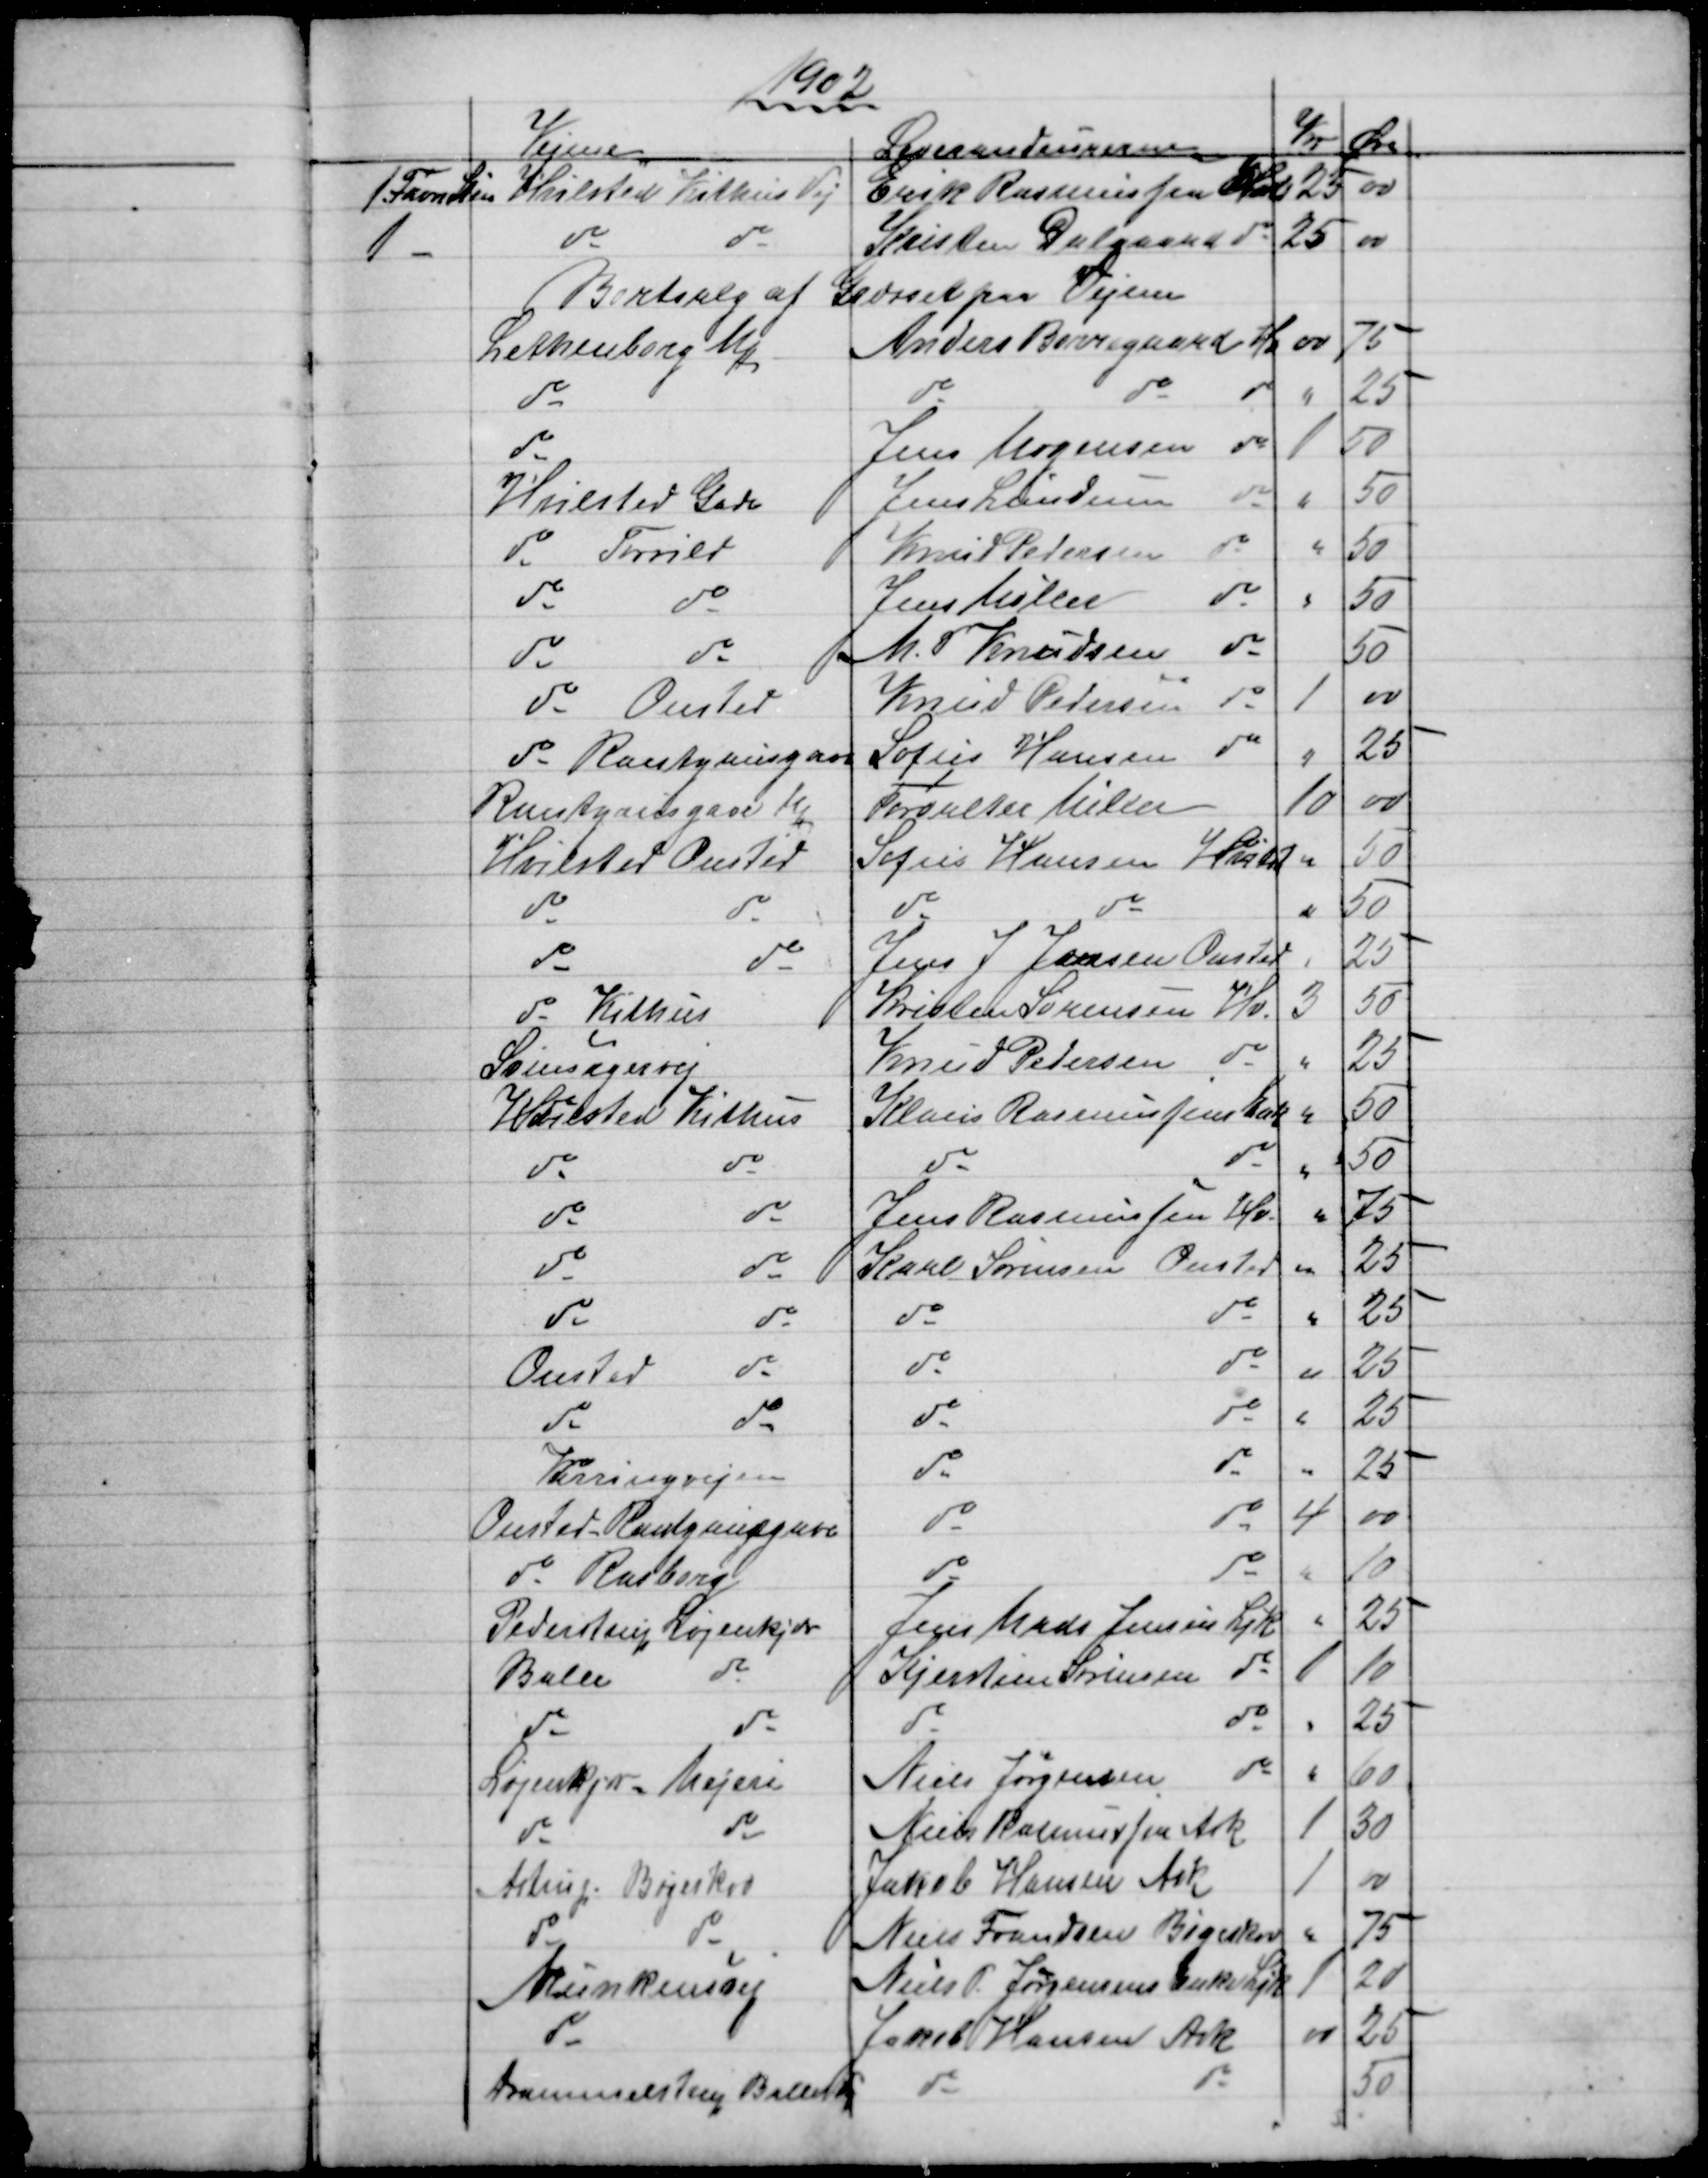
Transskription:
1902
Vejene
Leverandeurerne
Kr Øre
1 Favn Sten
Hvilsted Kithus Vej
Erik Rasmussen Hvst
25
00
1 -
do
do
Kristen Dalgaard do
25
00
Bortsalg af Græsset paa Vejene
Lethenborg Mk
Anders Borregaard Hv
00
75
do
do
do
"
25
do
Jens Mogensen
do
1
50
Hvilsted Gade
Jens Lundum
do
"
50
do Torrild
Knud Petersen
do
"
50
do
do
Jens Møller
do
"
50
do
do
M. P Knudsen
do
50
do Onsted
Knud Pedersen
do
1
00
do Rantzausgave
Sofus Hansen
do
"
25
Rantzausgave Mk
Forvalter Møller
10
00
Hvilsted Onsted
Sofus Hansen Hvilsted
"
50
do
do
do
do
"
50
do
do
Jens J. Jensen Onsted
25
do Kithus
Kristen Sørensen Hv.
3
50
Svinsagervej
Knud Pedersen do
"
25
Hvilsted Kithus
Klaus Rasmussens Enk
"
50
do
do
do
do
"
50
do
do
Jens Rasmussen Hv.
"
75
do
do
Karl Sørensen Onsted
"
25
do
do
do
do
"
25
Onsted
do
do
do
"
25
do
do
do
do
"
25
Virringvejen
do
do
"
25
Onsted Rantzausgave
do
do
4
00
do Rasborg
do
do
"
10
Pederstrup Løjenkjær
Jens Mads Jensen Ljk
"
25
Balle
do
Kjerstine Sørensen
do
1
10
do
do
do
do
"
25
Løjenkjær - Mejeri
Niels Jørgensen
do
"
60
do
do
Niels Rasmussen Ask
1
30
Astrup Bøgeskov
Jakob Hansen Ask
1
00
do
do
Niels Frandsen Bøgeskov
"
75
Munkensvej
Niels P. Jørgensens Enke Ljk.
1
20
do
Jakob Hansen Ask
00
25
Drammelstrup Balle Vej
do
do
50